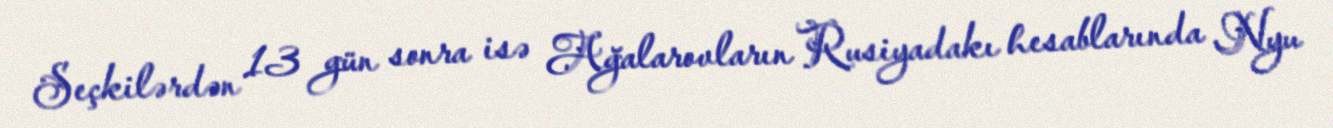
Seçkilərdən 13 gün sonra isə Ağalarovların Rusiyadakı hesablarında Nyu